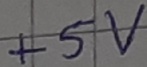
Text: +5V